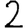
Digit: 2